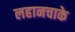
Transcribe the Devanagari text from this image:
लहानचाके